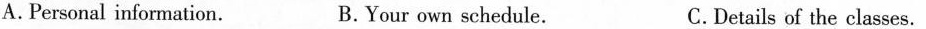
A.Personal information. B.Your own schedule. C.Details of the classes.